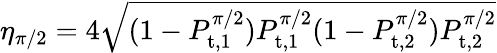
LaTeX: \eta_{\pi/2}=4\sqrt{(1-P_{\mathrm{t,1}}^{\pi/2})P_{\mathrm{t,1}}^{\pi/2}(1-P_{\mathrm{t,2}}^{\pi/2})P_{\mathrm{t,2}}^{\pi/2}}